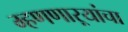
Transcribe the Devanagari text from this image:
म्हणणाऱ्यांचा